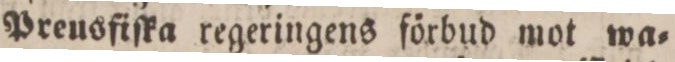
Preusfiſka regeringens förbud mot wa=